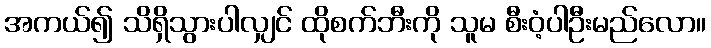
အကယ်၍ သိရှိသွားပါလျှင် ထိုစက်ဘီးကို သူမ စီးဝံ့ပါဦးမည်လော။